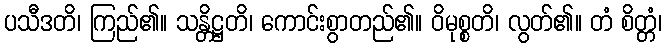
ပသီဒတိ၊ ကြည်၏။ သန္တိဋ္ဌတိ၊ ကောင်းစွာတည်၏။ ဝိမုစ္စတိ၊ လွတ်၏။ တံ စိတ္တံ၊